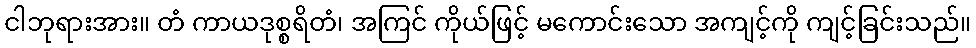
ငါဘုရားအား။ တံ ကာယဒုစ္စရိတံ၊ အကြင် ကိုယ်ဖြင့် မကောင်းသော အကျင့်ကို ကျင့်ခြင်းသည်။